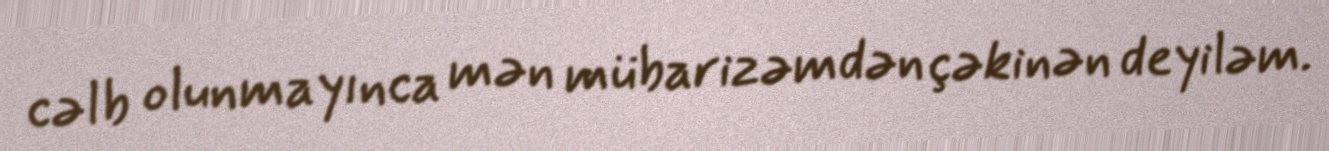
cəlb olunmayınca mən mübarizəmdən çəkinən deyiləm.